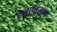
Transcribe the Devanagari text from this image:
स्वस्वभाव